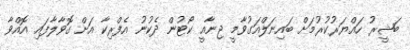
ބަޝީރު ހައްޔަރުކުރުމަށް ބައިނަލްއަގުވާމީ ޖިނާއީ ކޯޓުން ދެކުނު އެފްރިކާ އަށް ގޮވާލާފައި އޮއްވާ